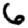
Digit: 6